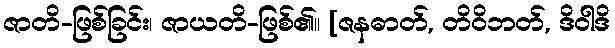
ဇာတိ-ဖြစ်ခြင်း၊ ဇာယတိ-ဖြစ်၏။ [ဇနဓာတ်, တိဝိဘတ်, ဒိဝါဒိ